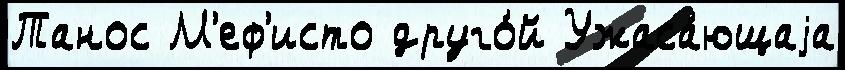
Танос М'еф'исто друго́й Ужаса́ющаjа